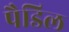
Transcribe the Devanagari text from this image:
पैडिल